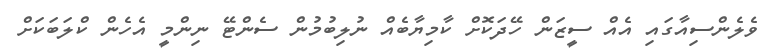
ވެލެންސިއާގައި އެއް ސީޒަން ހޭދަކޮށް ކާމިޔާބެއް ނުލިބުމުން ސެންޓޭ ނިންމީ އެހެން ކްލަބަކަށް